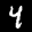
Label: 4